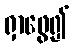
ရှာဖွေ၍